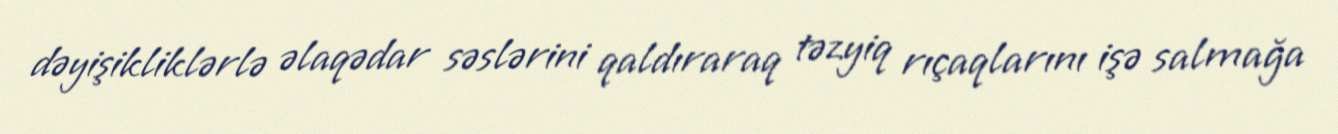
dəyişikliklərlə əlaqədar səslərini qaldıraraq təzyiq rıçaqlarını işə salmağa